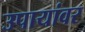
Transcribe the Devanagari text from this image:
उपायांवर